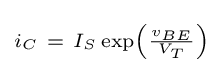
\scriptstyle i_{C}~=~I_{S}\exp \left({\frac {v_{BE}}{V_{T}}}\right)